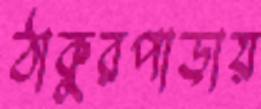
ঠাকুরপাড়ায়